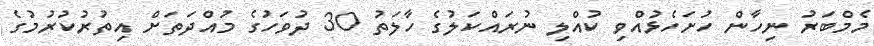
މެމްބަރު ނިހާން ހުށަހެޅުއްވި ކުއްލި ނުރައްކަލުގެ ހާލަތު 30 ދުވަހުގެ މުއްދަތަށް އިތުރުކުރުމުގެ